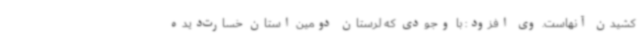
کشیدن آنهاست. وی افزود: با وجودی که لرستان دومین استان خسارت‌دیده